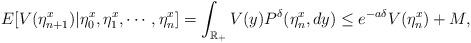
LaTeX: \begin{align*}E[V(\eta^x_{n+1})|\eta^x_0, \eta^x_1, \cdots, \eta^x_n] = \int_{\mathbb{R}_+}V(y)P^{\delta}(\eta^x_n,dy) \le e^{-a \delta }V(\eta^x_n)+M,\end{align*}